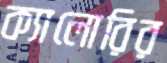
ক্যালোরির